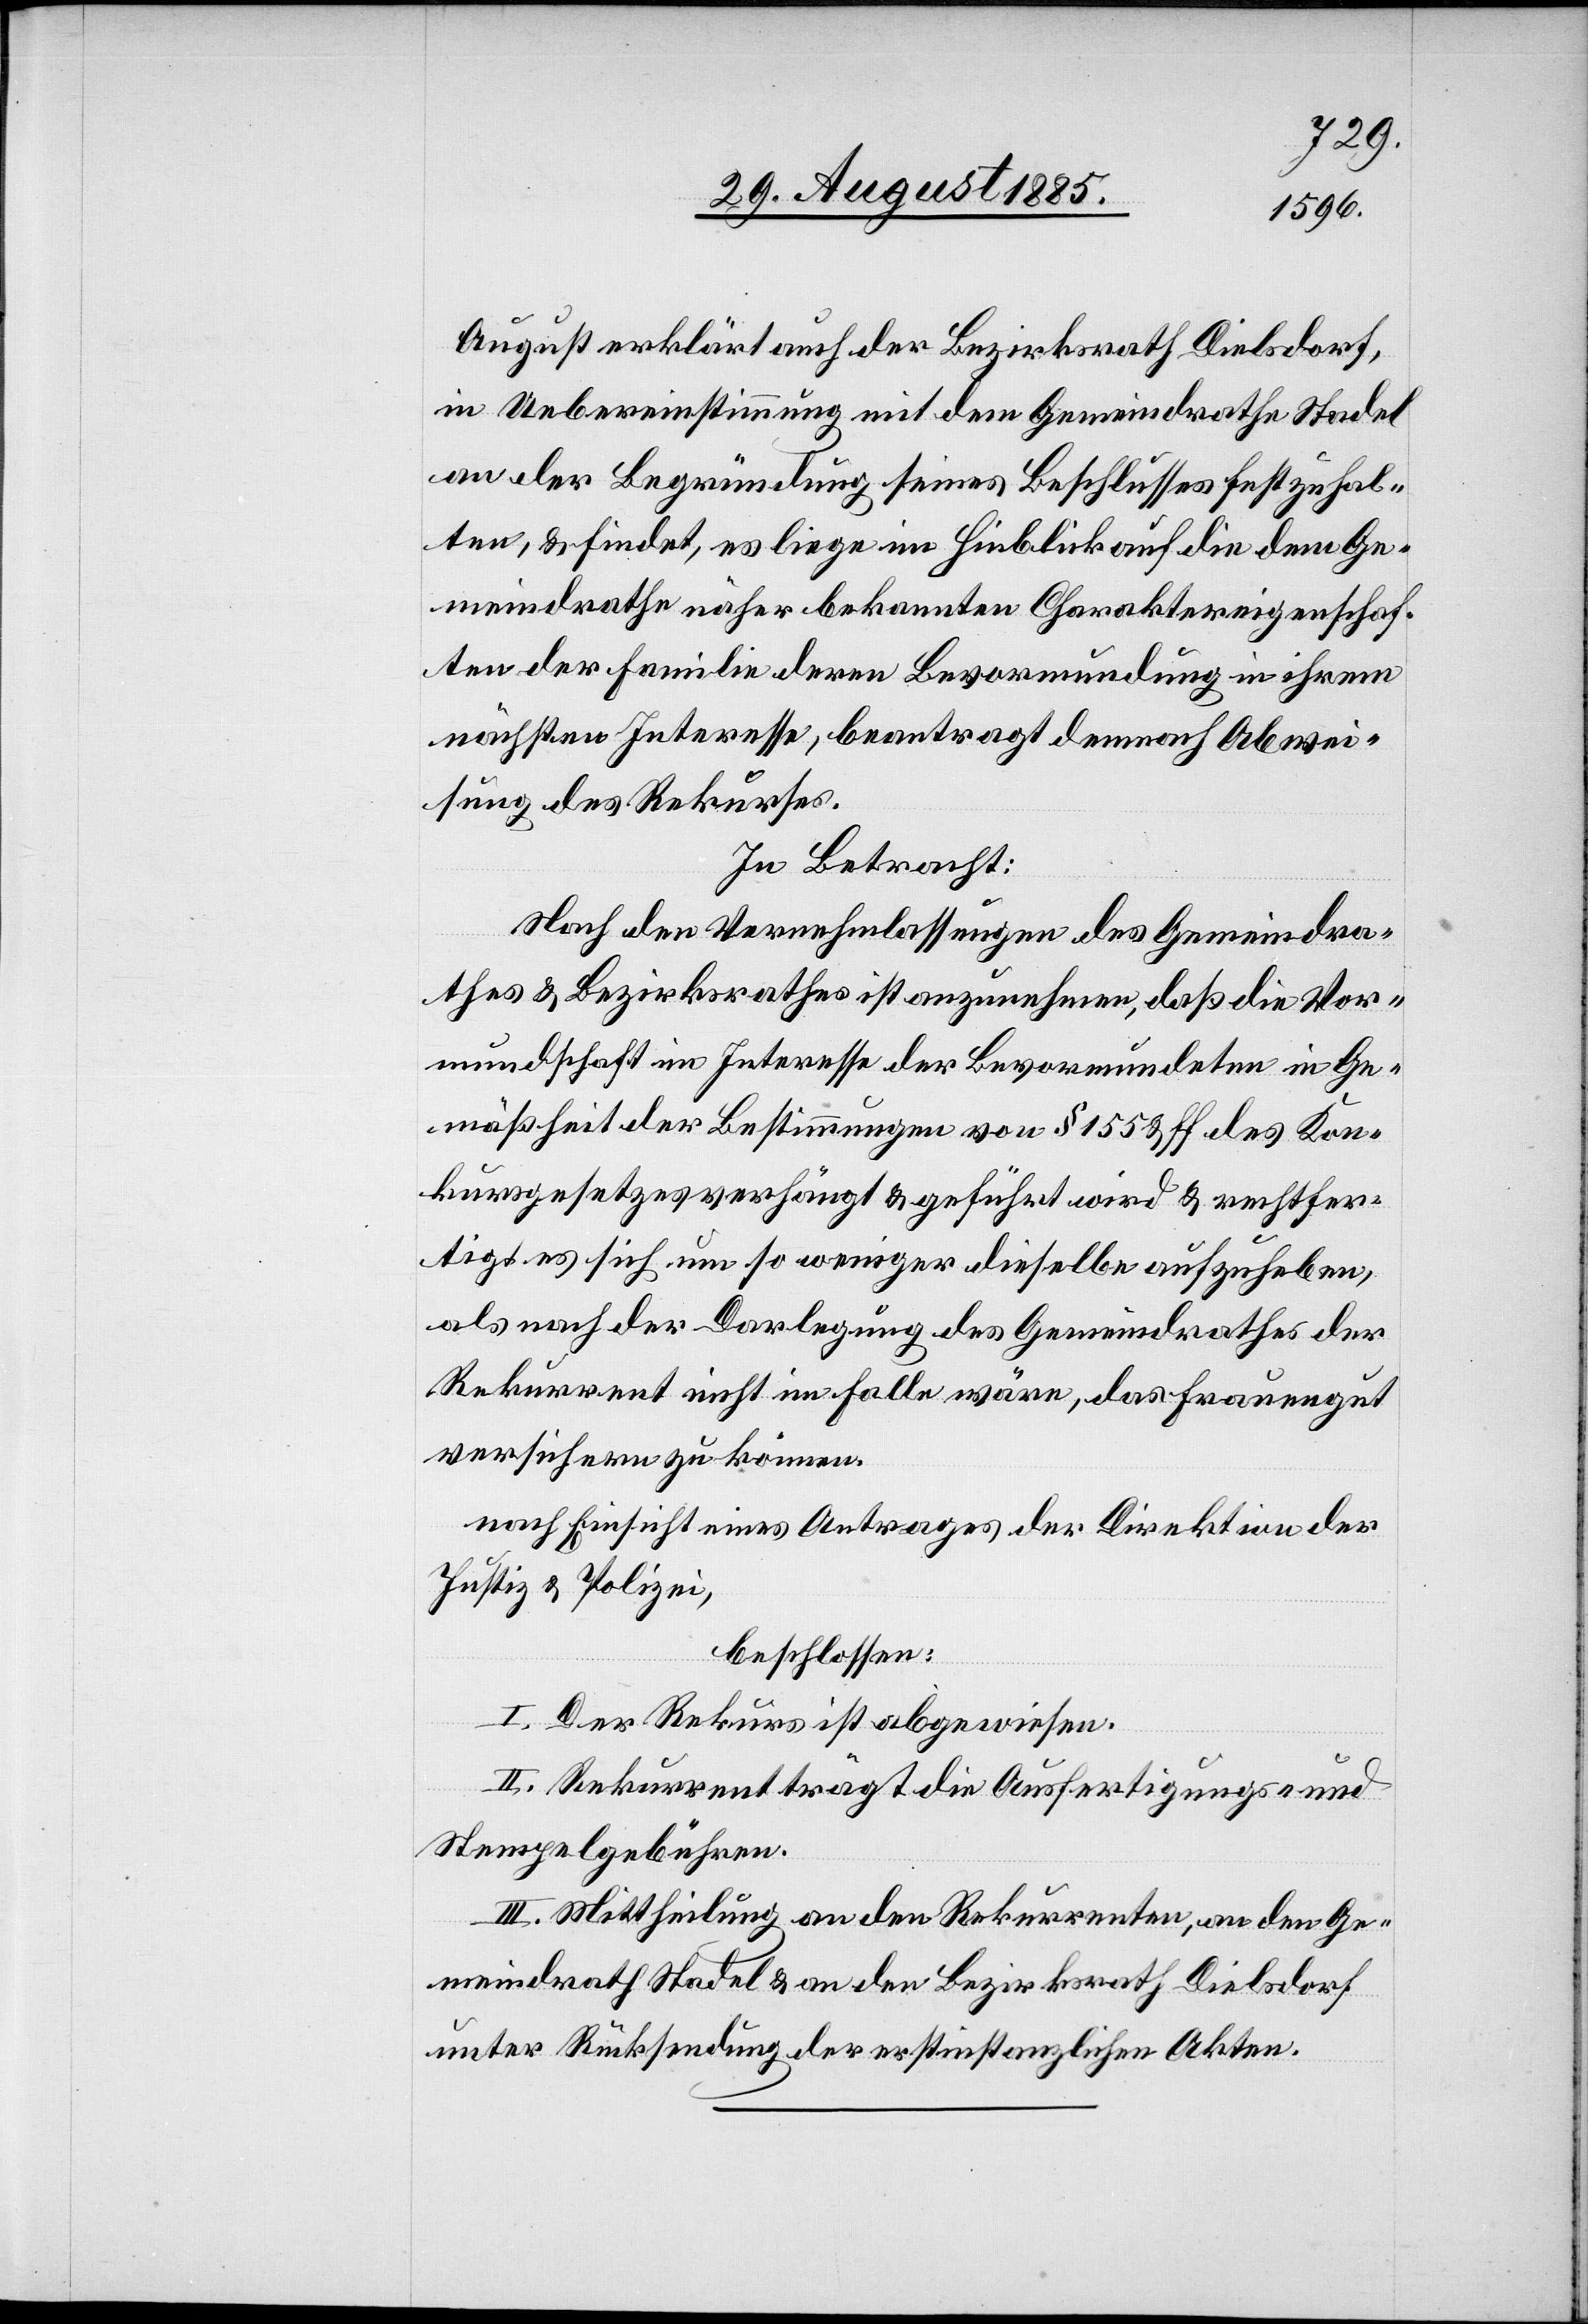
August erklärt auch der Bezirksrath Dielsdorf,
in Uebereinstimmung mit dem Gemeindrathe Stadel
an der Begründung seines Beschlusses festzuhal¬
ten, & findet, es liege im Hinblick auf die dem Ge¬
meindrathe näher bekannten Charaktereigenschaf¬
ten der Familie deren Bevormundung in ihrem
nächsten Interesse, beantragt demnach Abwei¬
sung des Rekurses.
In Betracht:
Nach den Vernehmlassungen des Gemeindra¬
thes & Bezirksrathes ist anzunehmen, daß die Vor¬
mundschaft im Interesse der Bevormundeten in Ge¬
mäßheit der Bestimmungen von § 155 & ff. des Kon¬
kursgesetzes verhängt & geführt wird & rechtfer¬
tigt es sich um so weniger dieselbe aufzuheben,
als nach der Darlegung des Gemeindrathes der
Rekurrent nicht im Falle wäre, das Frauengut
versichern zu können.
nach Einsicht eines Antrages der Direktion der
Justiz & Polizei,
beschlossen:
I. Der Rekurs ist abgewiesen.
II. Rekurrent trägt die Ausfertigungs- und
Stempelgebühren.
III. Mittheilung an den Rekurrenten, an den Ge¬
meindrath Stadel & an den Bezirksrath Dielsdorf
unter Rücksendung der erstinstanzlichen Akten.